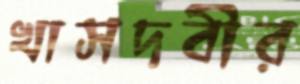
খাসদবীর